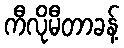
ကီလိုမီတာခန့်